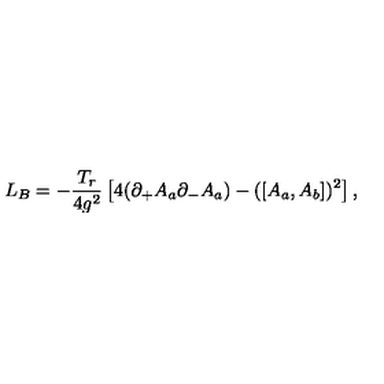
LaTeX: L _ { B } = - \frac { T _ { r } } { 4 g ^ { 2 } } \left[ 4 ( \partial _ { + } A _ { a } \partial _ { - } A _ { a } ) - ( \left[ A _ { a } , A _ { b } \right] ) ^ { 2 } \right] ,